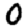
Digit: 0